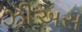
ઝીઅસ